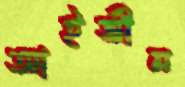
আইভীন